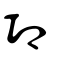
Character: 卭